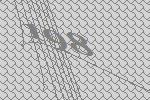
198